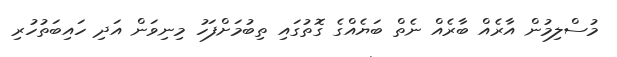
މުސްލިމުން އާރެއް ބާރެއް ނެތް ބަޔެއްގެ ގޮތުގައި ތިބުމަށްފަހު މިނިވަން އަދި ހައިބަތުހުރި